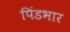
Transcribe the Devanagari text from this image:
पिंडभार